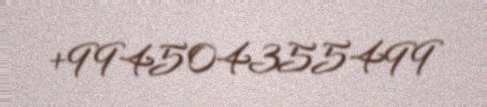
+994504355499